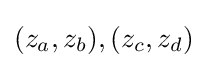
(z_{a},z_{b}),(z_{c},z_{d})